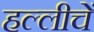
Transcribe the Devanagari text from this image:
हल्लीचें